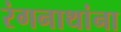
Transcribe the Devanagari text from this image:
रंगनाथांना